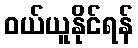
ဝယ်ယူနိုင်ရန်